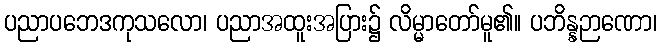
ပညာပဘေဒကုသလော၊ ပညာအထူးအပြား၌ လိမ္မာတော်မူ၏။ ပဘိန္နဉာဏော၊